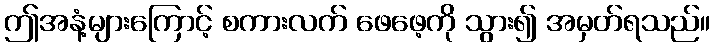
ဤအနံ့များကြောင့် စကားလက် ဖေဖေ့ကို သွား၍ အမှတ်ရသည်။